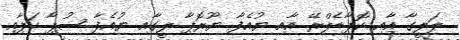
ލަލީގާ އާއި ކޮޕާޑެލްރޭ އާއި ޔުއެފާ ޔޫރޮޕާ ލީގާއި ޔުއެފާ ސުޕާ ކަޕާއި